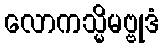
လောကသ္မိမဗ္ဗုဒံ